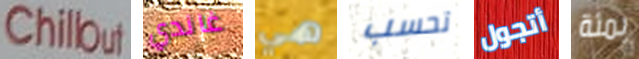
Chillout غاندي هي تحسب أتجول بمئة